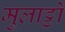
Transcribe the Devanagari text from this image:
मुलाट्टो